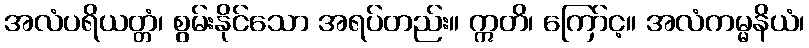
အလံပရိယတ္တံ၊ စွမ်းနိုင်သော အရပ်တည်း။ ဣတိ၊ ကြော်င့။ အလံကမ္မနိယံ၊